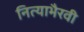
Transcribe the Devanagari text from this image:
नित्याभैरवी